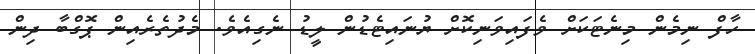
ހާފް ނިމެން މިނެޓަކަށް ވެފައިވަނިކޮށް ޔުނައިޓެޑުން ލީޑު ނެގިއެވެ. މެދުތެރެއިން ޕޮގްބާ ދިން